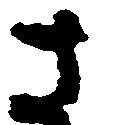
さ